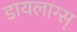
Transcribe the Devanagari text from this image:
डायलाग्स्